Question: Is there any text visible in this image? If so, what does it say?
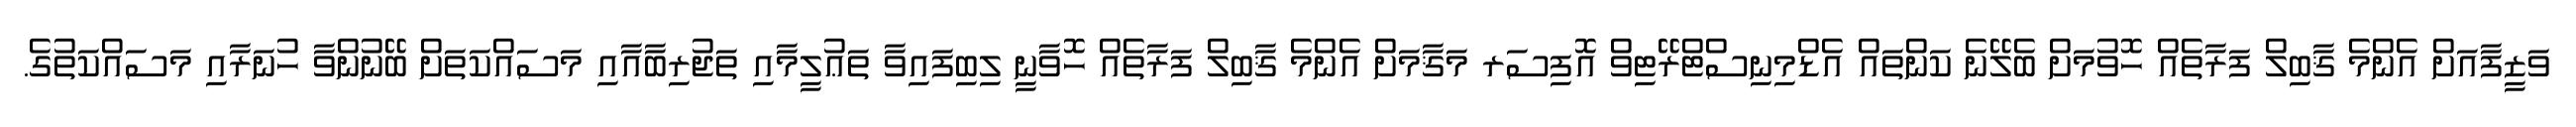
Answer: ވަޒީފާއަށް އެންމެ ޤާބިލް ފަރާތެއް ހޮވުމަށް ބެލޭނެ ކަންތައް އެޑްމިނިސްޓްރޭޓިވް އޮފިސަރ މަޤާމަށް އެންމެ ޤާބިލް ފަރާތެއް ހޮވާނީ ލިބިފައިވާ ތަޢުލީމާއި ތަޖުރިބާއާއި މަސައްކަތަށް ބޭނުންވާ ހުނަރާއި މަސައްކަތުގެ.